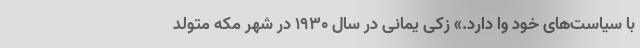
با سیاست‌های خود وا دارد.» زکی یمانی در سال ۱۹۳۰ در شهر مکه متولد